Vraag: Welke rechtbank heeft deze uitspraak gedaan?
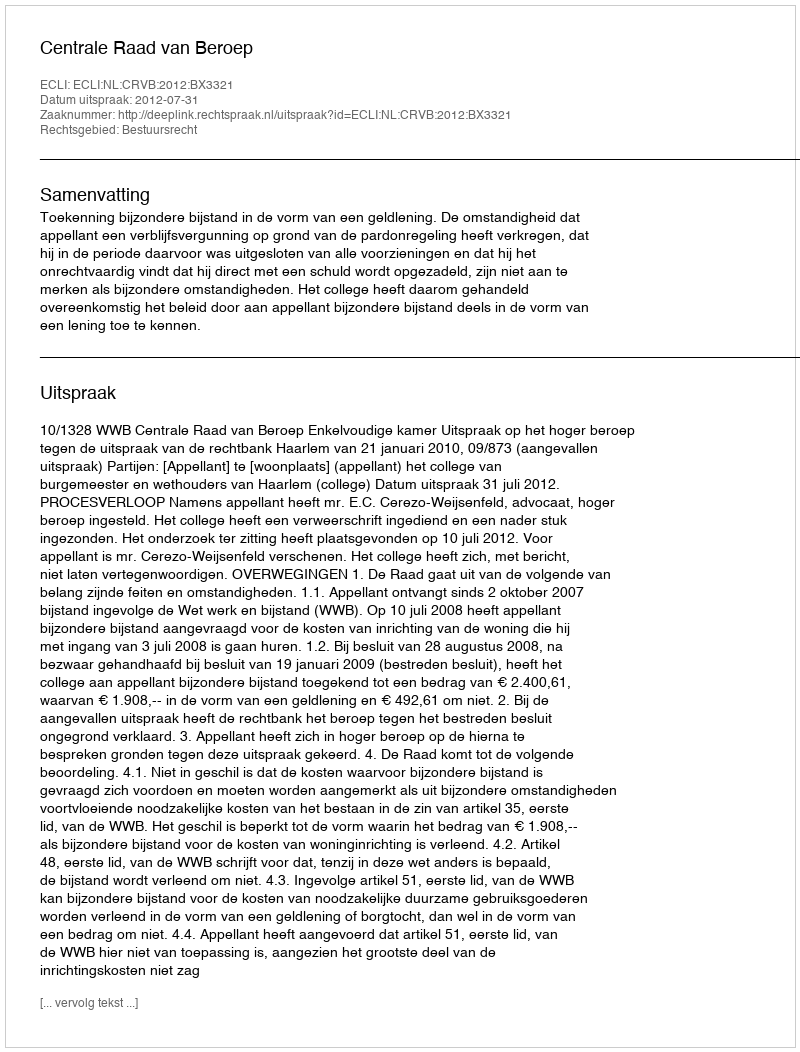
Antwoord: Centrale Raad van Beroep